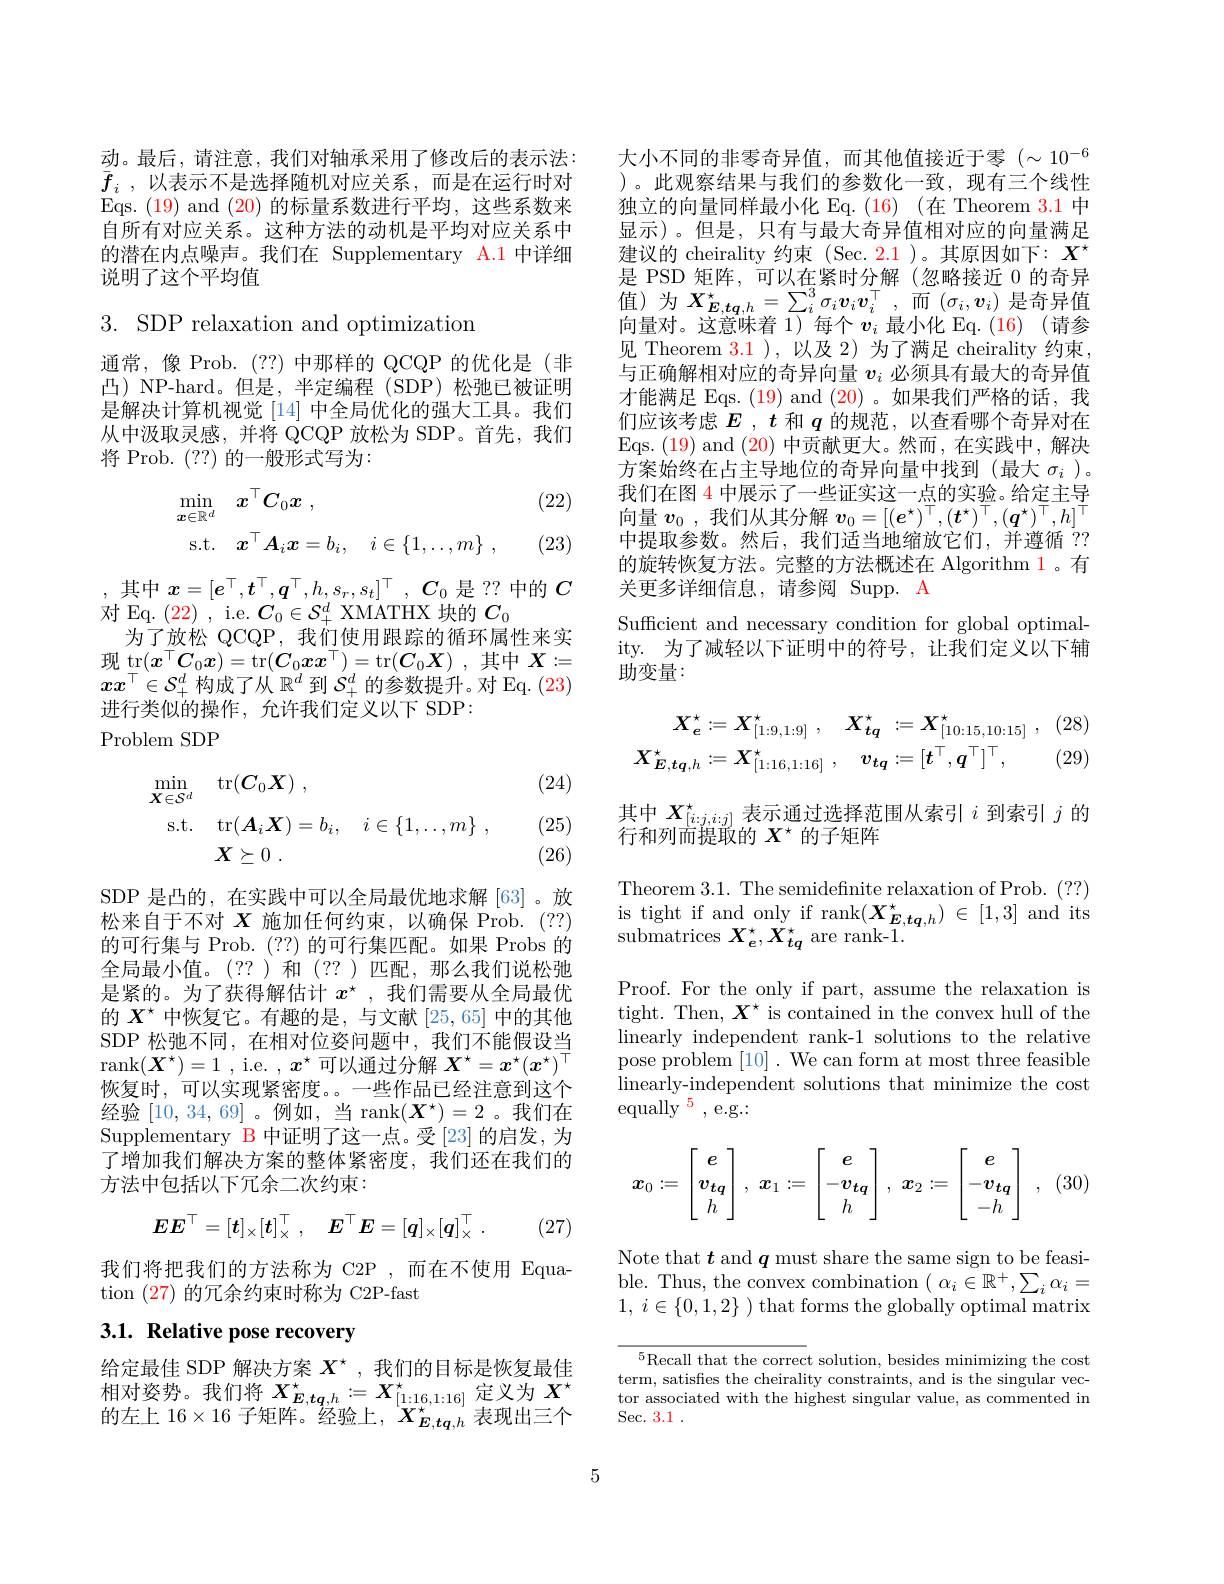
动。最后，请注意，我们对轴承采用了修改后的表示法： $\underline {f}_i$ , 以表示不是选择随机对应关系，而是在运行时对Eqs. $(\color{red}{19})$ and $(\color{red}{20})$的标量系数进行平均，这些系数来自所有对应关系。这种方法的动机是平均对应关系中的潜在内点噪声。我们在 Supplementary A.1 中详细说明了这个平均值

$3.{\mathrm{~SDP~relaxation~and~optimization}}$

通常，像 Prob. (??)中那样的 QCQP 的优化是(非凸) NP-hard。但是，半定编程 (SDP)松弛已被证明是解决计算机视觉[14] 中全局优化的强大工具。我们从中汲取灵感，并将 QCQP 放松为 SDP。首先，我们将 Prob. (??)的一般形式写为：

(22)
$$\begin{aligned}\min_{\boldsymbol{x}\in\mathbb{R}^d}&\quad\boldsymbol{x}^\top\boldsymbol{C}_0\boldsymbol{x}\:,\\\mathrm{s.t.}&\quad\boldsymbol{x}^\top\boldsymbol{A}_i\boldsymbol{x}=b_i,\quad i\in\{1,\ldots,m\}\:,\end{aligned}$$
(23)

,其中$x= [ e^\top , t^\top , \boldsymbol{q}^\top , h, s_r, s_t] ^\top $, $C_0$是 ?? 中的$C$
对 Eq. (22) , i.e. $C_0\in\mathcal{S}_+^d$ XMATHX 块的$C_0$
为了放松 QCQP,我们使用跟踪的循环属性来实现$\mathop{\mathrm{tr}}_\top(x^\top C_0\boldsymbol{x})=$tr$(\boldsymbol{C}_0\boldsymbol{x}\boldsymbol{x}^\top)=$tr$(\boldsymbol{C}_0\boldsymbol{X})$,其中$\boldsymbol{X}:=$ $xx^\top\in\mathcal{S}_+^d$构成了从$\mathbb{R}^d$到$\mathcal{S}_+^d$的参数提升。对 Eq. (23) 进行类似的操作，允许我们定义以下 SDP:
Problem SDP

(24)
$$\begin{array}{rl}\min_{\boldsymbol{X}\in\mathcal{S}^d}&\mathrm{tr}(\boldsymbol{C}_0\boldsymbol{X})\:,\\\mathrm{s.t.}&\mathrm{tr}(\boldsymbol{A}_i\boldsymbol{X})=b_i,\quad i\in\{1,\ldots,m\}\:,\\&\boldsymbol{X}\succeq0\:.\end{array}$$
(25) (26)

SDP 是凸的，在实践中可以全局最优地求解[63]。放松来自于不对$X$施加任何约束，以确保 Prob. (??) 的可行集与 Prob. (??)的可行集匹配。如果 Probs 的全局最小值。(??)和(??)匹配，那么我们说松弛是紧的。为了获得解估计$x^\star$,我们需要从全局最优的$X^{\star}$中恢复它。有趣的是，与文献[25,65]中的其他SDP 松弛不同，在相对位姿问题中，我们不能假设当rank$(\boldsymbol{X}^\star)=1$ , i.e. $,\boldsymbol{x}^\star$可以通过分解$\boldsymbol X^\star=x^\star(x^\star)^\top$ 恢复时，可以实现紧密度。一些作品已经注意到这个经验[10,34,69] 。例如，当 rank$(\boldsymbol X^\star)=2$ 。我们在Supplementary B 中证明了这一点。受[23] 的启发，为了增加我们解决方案的整体紧密度，我们还在我们的方法中包括以下冗余二次约束：
$$EE^\top=[t]_\times[t]_\times^\top,\quad E^\top E=[q]_\times[q]_\times^\top\:.$$
(27)

我们将把我们的方法称为 C2P ,而在不使用 Equa-
tion (27)的冗余约束时称为 C2P-fast

# 3.1. Relative pose recovery

给定最佳 SDP 解决方案$X^{\star}$ ,我们的目标是恢复最佳$\begin{array}{l}\text{相对姿势。我们将 }X_{\boldsymbol{E},\boldsymbol{tq},h}^{\star}:=X_{[1:16,1:16]}^{\star}\text{定义为 }X^{\star}\\\text{的左上 }16\times16\text{ 子矩阵。经验上},\begin{array}{l}X_{\boldsymbol{E},\boldsymbol{tq},h}^{\star}\text{表现出三个}\end{array}\end{array}$

大小不同的非零奇异值，而其他值接近于零$(\sim10^{-6}$ )。此观察结果与我们的参数化一致，现有三个线性独立的向量同样最小化 Eq.(16)(在 Theorem 3.1 中显示)。但是，只有与最大奇异值相对应的向量满足建议的 cheirality 约束 (Sec. 2.1 )。其原因如下：$X^\star$ 是 PSD 矩阵，可以在紧时分解(忽略接近 0 的奇异向量对。这意味着 1) 每个$v_i$最小化 Eq.(16) (请参见 Theorem $\color{red}{3.1}$),以及 2)为了满足 cheirality 约束， 与正确解相对应的奇异向量$v_i$必须具有最大的奇异值才能满足 Eqs. (19) and (20)。如果我们严格的话，我们应该考虑$E$ , $t$和$q$的规范，以查看哪个奇异对在Eqs. $(\color{red}{19})$ and $(\color{red}{20})$中贡献更大。然而，在实践中，解决方案始终在占主导地位的奇异向量中找到(最大$\sigma_i$ )。我们在图 4 中展示了一些证实这一点的实验。给定主导向量$v_0$ ,我们从其分解$v_0=[(\boldsymbol{e}^\star)^\top,(\boldsymbol{t}^\star)^\top,(\boldsymbol{q}^\star)^\top,h]^\top$ 中提取参数。然后，我们适当地缩放它们，并遵循 ?? 的旋转恢复方法。完整的方法概述在 Algorithm 1。有关更多详细信息，请参阅 Supp. A
Sufficient and necessary condition for global optimality. 为了减轻以下证明中的符号，让我们定义以下辅助变量：
$$X_{e}^{\star}:=X_{[1:9,1:9]}^{\star}\:,\quad X_{tq}^{\star}\::=X_{[10:15,10:15]}^{\star}\:,\\X_{E,\boldsymbol{tq},h}^{\star}:=X_{[1:16,1:16]}^{\star}\:,\quad v_{\boldsymbol{tq}}:=[\boldsymbol{t}^{\top},\boldsymbol{q}^{\top}]^{\top},$$
(28) (29)

其中$X_{[i:j,i:j]}^{\star}$表示通过选择范围从索引$i$到索引$j$的
行和列而提取的$X^\star$的子矩阵

Theorem 3.1. The semidefnite relaxation of Prob. (??) is tight if and only if rank$(\boldsymbol X_{\boldsymbol{E},\boldsymbol{tq},h}^{\star})\in[1,3]$ and its

${\mathrm{submatrices~}}X_{e}^{\star},X_{tq}^{\star}$ are rank-1.

Proof. For the only if part, assume the relaxation is tight. Then, $X^\star$ is contained in the convex hull of the linearly independent rank-1 solutions to the relative pose problem [10]. We can form at most three feasible linearly-independent solutions that minimize the cost equally $^5$,e.g.:
$$\boldsymbol{x}_0:=\begin{bmatrix}e\\v_{\boldsymbol{tq}}\\h\end{bmatrix},\:\boldsymbol{x}_1:=\begin{bmatrix}e\\-v_{\boldsymbol{tq}}\\h\end{bmatrix},\:\boldsymbol{x}_2:=\begin{bmatrix}e\\-v_{\boldsymbol{tq}}\\-h\end{bmatrix}\:,$$
Note that $t$ and $q$ must share the same sign to be feasible. Thus, the convex combination $(\alpha_{i}\in\mathbb{R}^{+},\sum_{i}\alpha_{i}=$ 1, $i\in \{ 0, 1, 2\}$ ) that forms the globally optimal matrix

$^{5}$Recall that the correct solution, besides minimizing the cost term, satisfies the cheirality constraints, and is the singular vector associated with the highest singular value, as commented in Sec. 3. 1 .

5